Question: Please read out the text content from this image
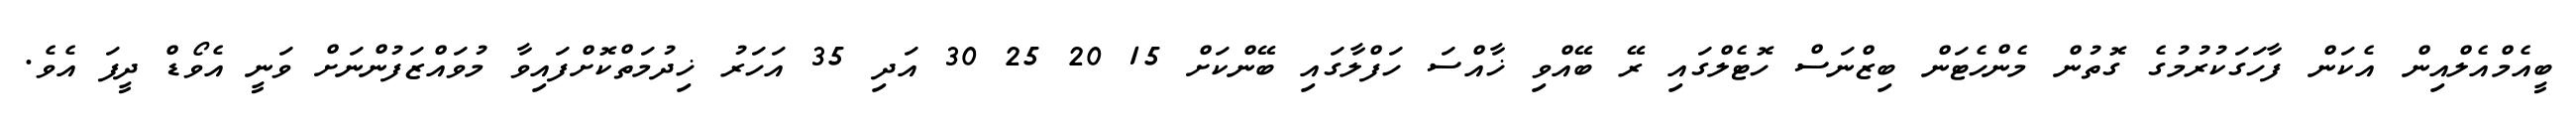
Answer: ބީއެމްއެލްއިން އެކަން ފާހަގަކުރުމުގެ ގޮތުން މެންހެޓަން ބިޒްނަސް ހޮޓެލްގައި ރޭ ބޭއްވި ޚާއްސަ ހަފްލާގައި ބޭންކަށް 15 20 25 30 އަދި 35 އަހަރު ޚިދުމަތްކޮށްފައިވާ މުވައްޒަފުންނަށް ވަނީ އެވޯޑް ދީފަ އެވެ.